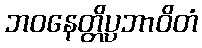
ဘဝနေတ္တိပ္ပဘာဝိတံ